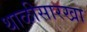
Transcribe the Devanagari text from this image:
थाळीसारखा